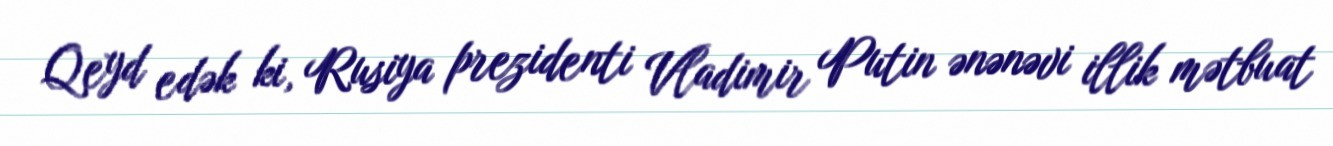
Qeyd edək ki, Rusiya prezidenti Vladimir Putin ənənəvi illik mətbuat